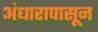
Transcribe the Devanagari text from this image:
अंधारापासून